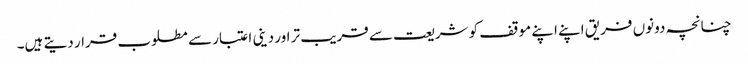
چنانچہ دونوں فریق اپنے اپنے موقف کو شریعت سے قریب تر اور دینی اعتبار سے مطلوب قرار دیتے ہیں۔